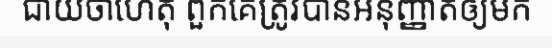
ជាយថាហេតុ ពួកគេត្រូវបានអនុញ្ញាតឲ្យមក